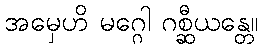
အမှေဟိ မဂ္ဂေါ ဂစ္ဆီယန္တေ။